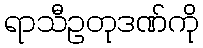
ရာသီဥတုဒဏ်ကို